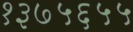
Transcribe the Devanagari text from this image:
१३७५६५५